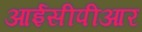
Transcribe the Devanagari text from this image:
आईसीपीआर